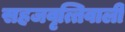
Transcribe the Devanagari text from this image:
सहजवृत्तिवाली